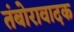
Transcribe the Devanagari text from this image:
तंबोरावादक